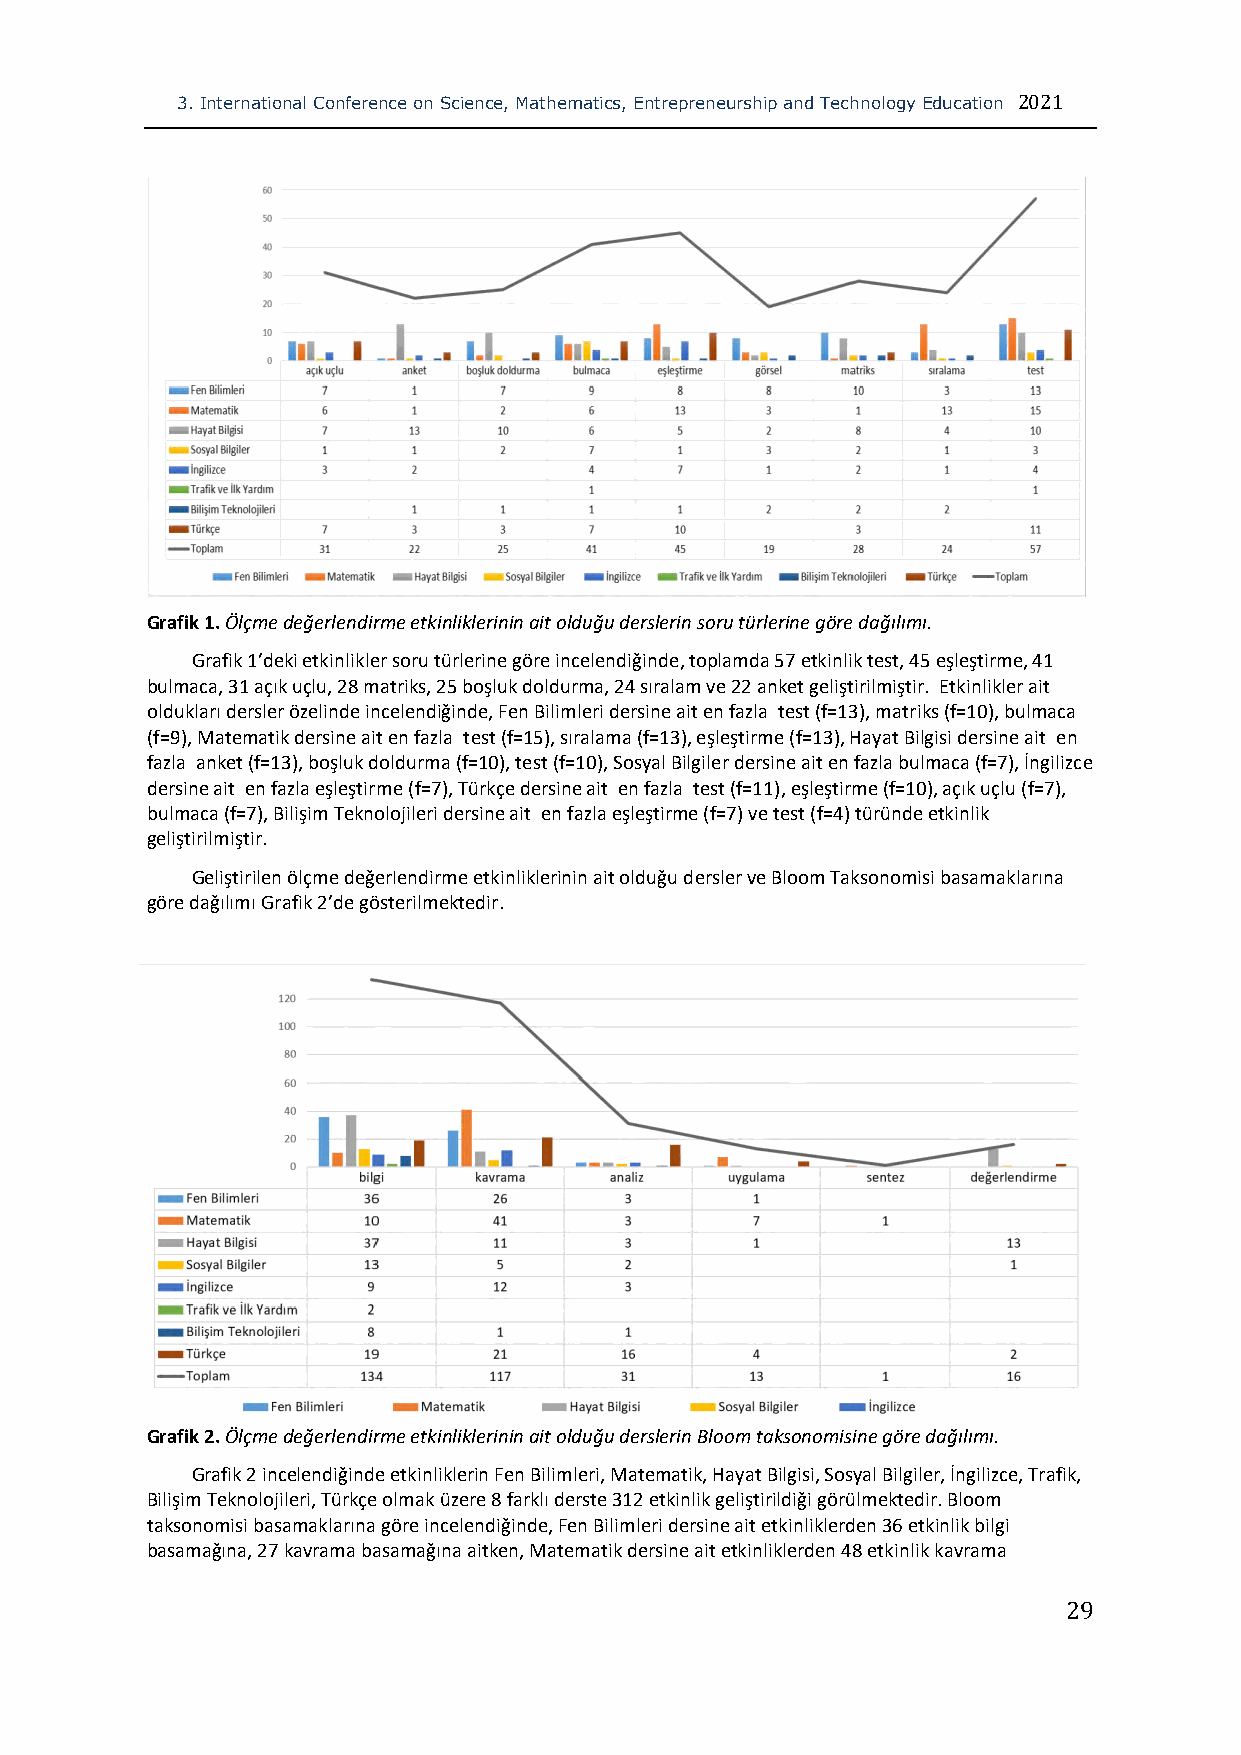
3. International Conference on Science, Mathematics, Entrepreneurship and Technology Education 2021
 Grafik 1. Ölçme değerlendirme etkinliklerinin ait olduğu derslerin soru türlerine göre dağılımı.
 Grafik 1’deki etkinlikler soru türlerine göre incelendiğinde, toplamda 57 etkinlik test, 45 eşleştirme, 41
 bulmaca, 31 açık uçlu, 28 matriks, 25 boşluk doldurma, 24 sıralam ve 22 anket geliştirilmiştir. Etkinlikler ait
 oldukları dersler özelinde incelendiğinde, Fen Bilimleri dersine ait en fazla test (f=13), matriks (f=10), bulmaca
 (f=9), Matematik dersine ait en fazla test (f=15), sıralama (f=13), eşleştirme (f=13), Hayat Bilgisi dersine ait en
 fazla anket (f=13), boşluk doldurma (f=10), test (f=10), Sosyal Bilgiler dersine ait en fazla bulmaca (f=7), İngilizce
 dersine ait en fazla eşleştirme (f=7), Türkçe dersine ait en fazla test (f=11), eşleştirme (f=10), açık uçlu (f=7),
 bulmaca (f=7), Bilişim Teknolojileri dersine ait en fazla eşleştirme (f=7) ve test (f=4) türünde etkinlik
 geliştirilmiştir.
 Geliştirilen ölçme değerIendirme etkinliklerinin ait olduğu dersler ve Bloom Taksonomisi basamaklarına
 göre dağılımı Grafik 2’de gösterilmektedir.
 Grafik 2. Ölçme değerlendirme etkinliklerinin ait olduğu derslerin Bloom taksonomisine göre dağılımı.
 Grafik 2 incelendiğinde etkinliklerin Fen Bilimleri, Matematik, Hayat Bilgisi, Sosyal Bilgiler, İngilizce, Trafik,
 Bilişim Teknolojileri, Türkçe olmak üzere 8 farklı derste 312 etkinlik geliştirildiği görülmektedir. Bloom
 taksonomisi basamaklarına göre incelendiğinde, Fen Bilimleri dersine ait etkinliklerden 36 etkinlik bilgi
 basamağına, 27 kavrama basamağına aitken, Matematik dersine ait etkinliklerden 48 etkinlik kavrama
 29